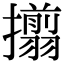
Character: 𢸄